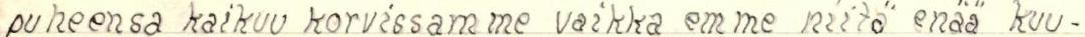
puheensa kaikuu korvissamme vaikka emme niitä enää kuu-